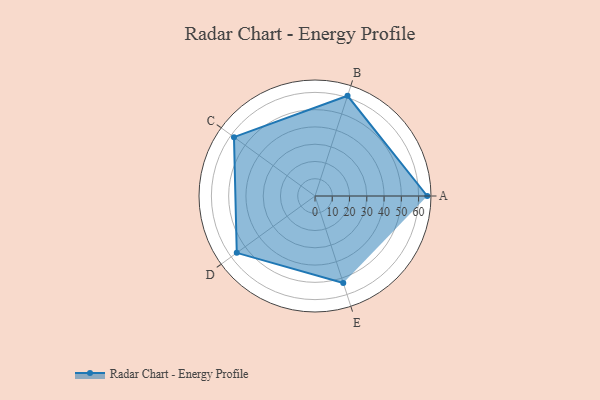
{"axis": {"x": "Skill", "y": "Score"}, "legend": ["Profile"], "data": [{"x": "A", "y": 65.0, "type": "Profile"}, {"x": "B", "y": 61.0, "type": "Profile"}, {"x": "C", "y": 58.0, "type": "Profile"}, {"x": "D", "y": 56.0, "type": "Profile"}, {"x": "E", "y": 53.0, "type": "Profile"}]}